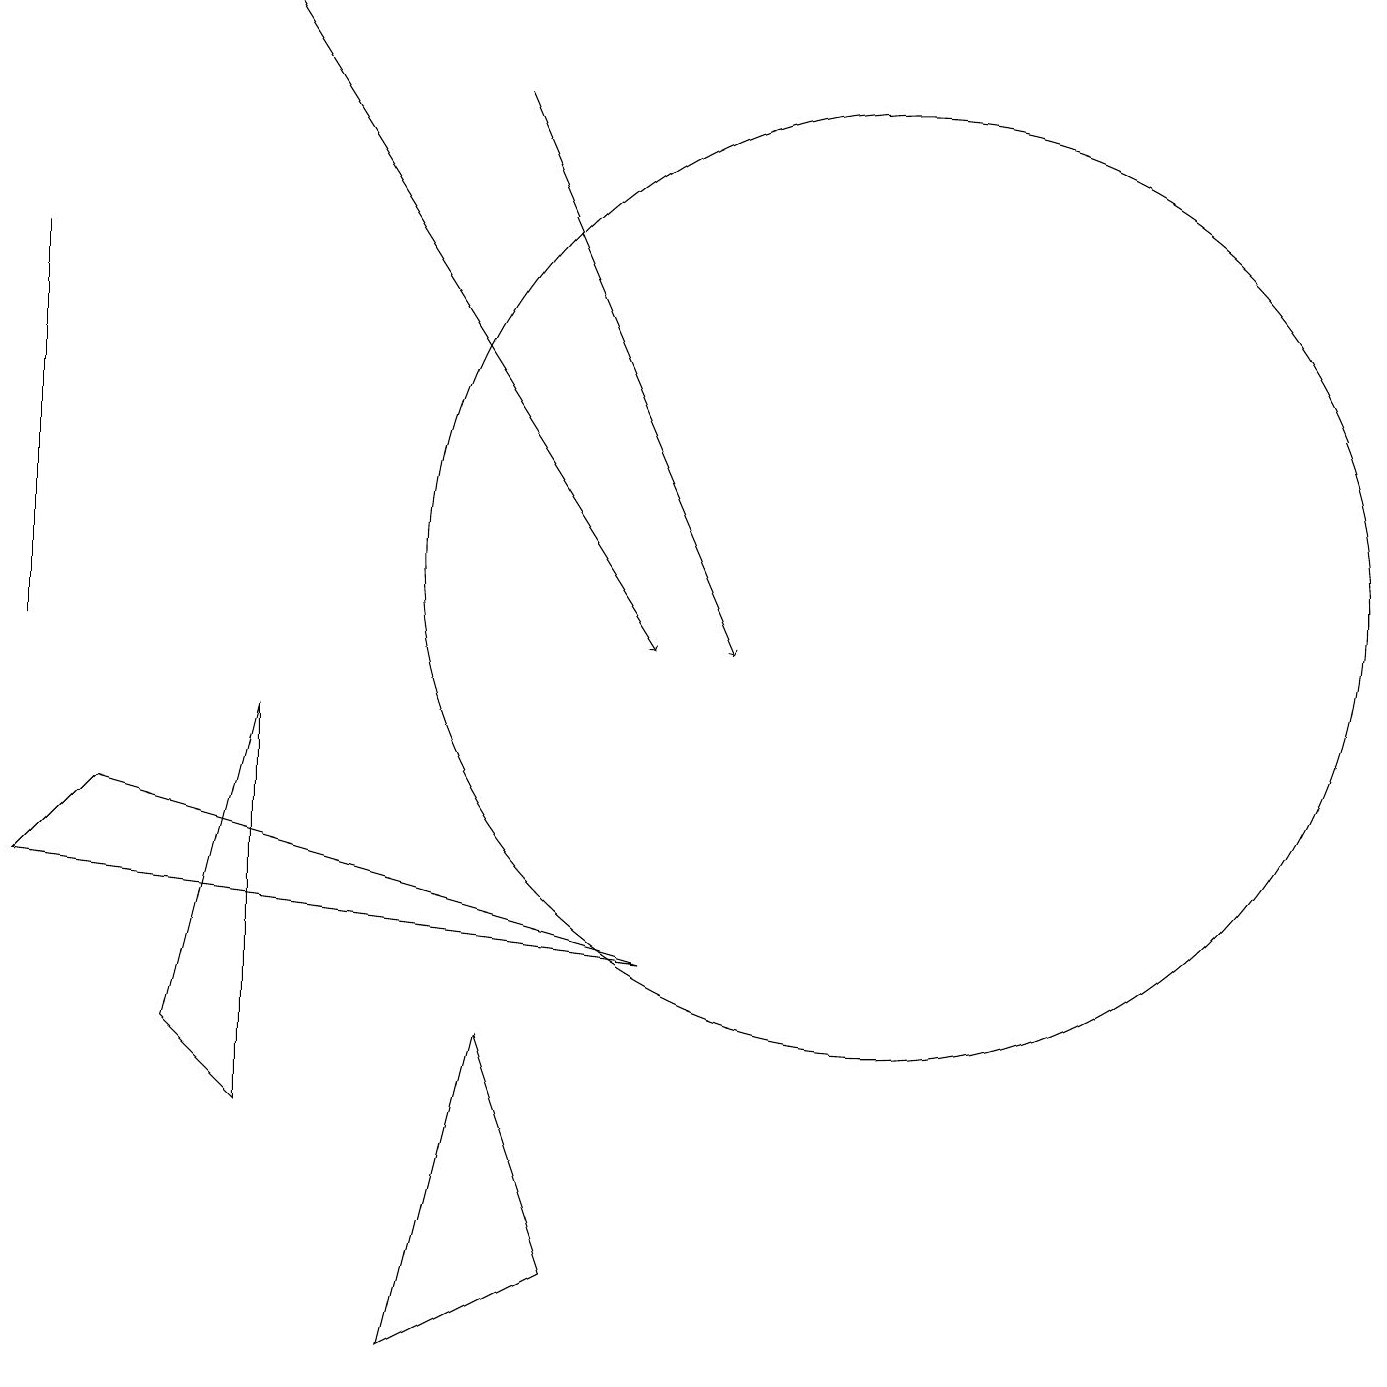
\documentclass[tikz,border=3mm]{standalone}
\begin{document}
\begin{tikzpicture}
\draw (0,15) rectangle (0,10);
\draw (0,7) -- (1,8) -- (8,6) -- cycle;
\draw (3,4) -- (3,9) -- (2,5) -- cycle;
\draw[->] (6,17) -- (9,10);
\draw[->] (3,18) -- (8,10);
\draw (7,2) -- (6,5) -- (5,1) -- cycle;
\draw (11,11) circle (6);
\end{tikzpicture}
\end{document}